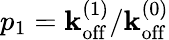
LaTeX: p_{1}=\mathbf{k}_{\mathrm{{off}}}^{(1)}/\mathbf{k}_{\mathrm{{off}}}^{(0)}